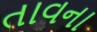
તાવના